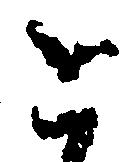
と